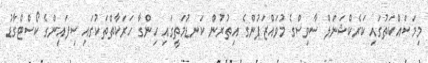
މިމަސައްކަތުގައި ކަރެކްޝަނަލް ސާވިސްގެ މުވައްޒަފުންގެ އިތުރުން ކަނޑުމަތީގައި ހިންގާ ހަރަކާތްތަކުގައި ސިފައިންގެ ކޯސްޓްގާޑު